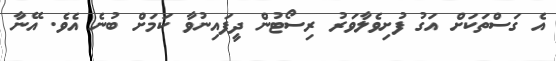
އެ ގަސްތަކަށް އަގު ފުށިވެލާވަރު ރިސޯޓުން ދީފައިނުވާ ކަމަށް ބުނެ އެވެ. އޭނާ